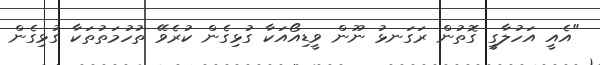
"އެއީ އަހުލާގީ ގޮތުން ރަގަނޅު ނޫން ވީޑިއޯއަކާ ގުޅިގެން ކުރެވޭ ތުހުމަތުތަކާ ގުޅިގެން